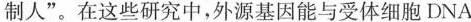
制人”。在这些研究中，外源基因能与受体细胞DNA